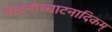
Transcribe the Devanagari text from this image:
मोहनोच्चाटनादिकम्